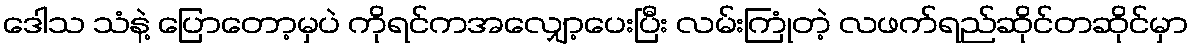
ဒေါသ သံနဲ့ ပြောတော့မှပဲ ကိုရင်ကအလျှော့ပေးပြီး လမ်းကြုံတဲ့ လဖက်ရည်ဆိုင်တဆိုင်မှာ